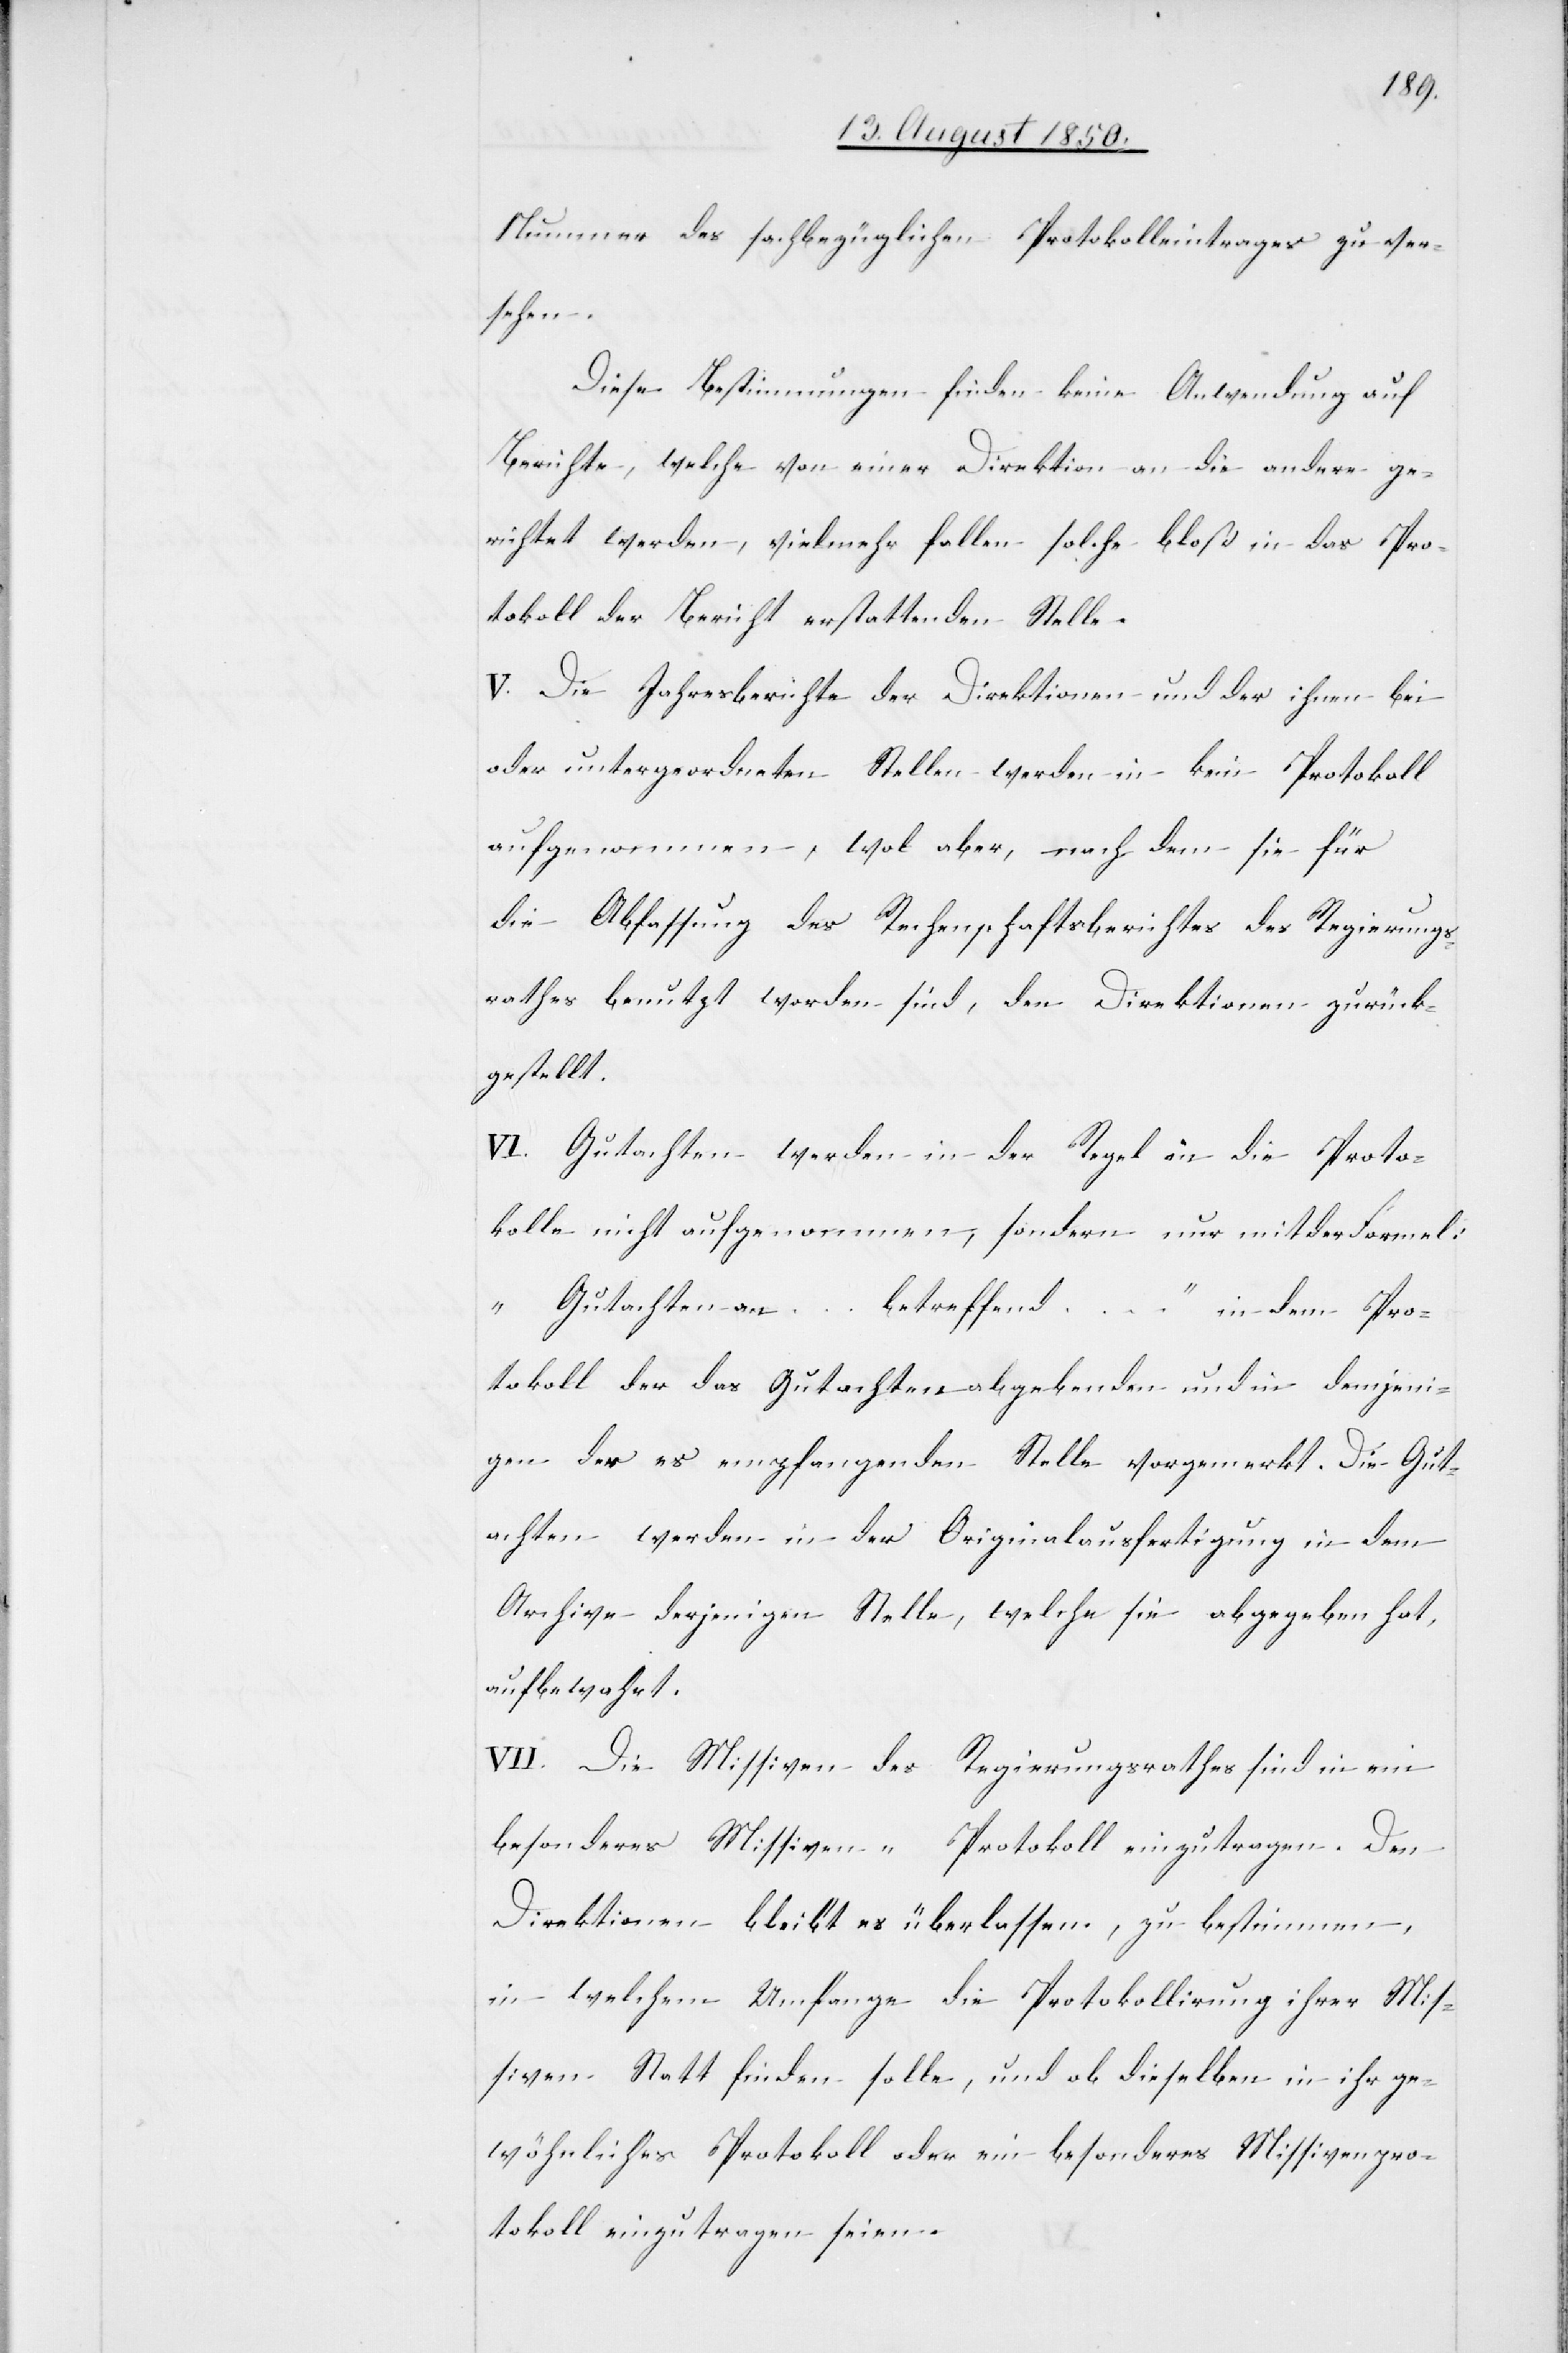
Nummer des sachbezüglichen Protokolleintrages zu ver¬
sehen.
Diese Bestimmungen finden keine Anwendung auf
Berichte, welche von einer Direktion an die andere ge¬
richtet werden, vielmehr fallen solche bloß in das Pro¬
tokoll der Bericht erstattenden Stelle.
V. Die Jahresberichte der Direktionen und der ihnen bei[-]
oder untergeordneten Stellen werden in kein Protokoll
aufgenommen, wol aber, nachdem sie für
die Abfassung des Rechenschaftsberichtes des Regierungs¬
rathes benutzt worden sind, den Direktionen zurück¬
gestellt.
VI. Gutachten werden in der Regel in die Proto¬
kolle nicht aufgenommen, sondern nur mit der Formel:
„Gutachten an … betreffend …“ in dem Pro¬
tokoll der das Gutachten abgebenden und in demjeni¬
gen der es empfangenden Stelle vorgemerkt. Die Gut¬
achten werden in der Originalausfertigung in dem
Archive derjenigen Stelle, welche sie abgegeben hat,
aufbewahrt.
VII. Die Missiven des Regierungsrathes sind in ein
besonderes Missiven-Protokoll einzutragen. Den
Direktionen bleibt es überlassen, zu bestimmen,
in welchem Umfange die Protokollirung ihrer Mis¬
siven Statt finden solle, und ob dieselben in ihr ge¬
wöhnliches Protokoll oder ein besonderes Missivenpro¬
tokoll einzutragen seien.